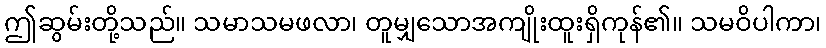
ဤဆွမ်းတို့သည်။ သမာသမဖလာ၊ တူမျှသောအကျိုးထူးရှိကုန်၏။ သမဝိပါကာ၊